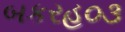
બકરહ૦૩